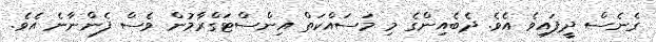
ގެނެސް ދީފައިވެ އެވެ. ދެބެއިންގެ މި މަސައްކަތް އިންސްޓަގްރާމުން ވެސް ފެންނާނެ އެވެ.